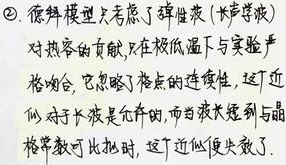
\textcircled{2}. 德拜模型只考虑了弹性波（长声学波） 对热容的贡献, 只在极低温下与实验严格吻合, 它忽略了格点的连续性, 这近似对于长波是允许的, 而当波长短到与晶格常数可比拟时, 这近似便失效了.